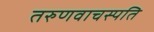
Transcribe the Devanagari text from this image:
तरुणवाचस्पति